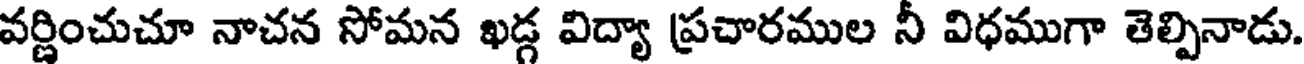
వర్ణించుచూ నాచన సోమన ఖడ్గ విద్యా ప్రచారముల నీ విధముగా తెల్పినాడు.